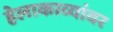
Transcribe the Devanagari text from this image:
हेलाकाव्यांवर